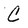
Character: C